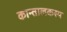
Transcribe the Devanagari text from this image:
कान्तालकस्य